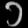
Digit: ၁